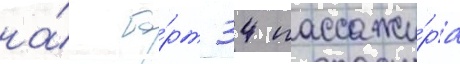
на́ бо́рт 34 пассажи́ра